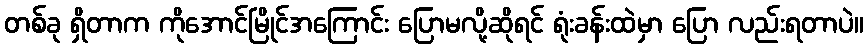
တစ်ခု ရှိတာက ကိုအောင်မြိုင်အကြောင်း ပြောမလို့ဆိုရင် ရုံးခန်းထဲမှာ ပြော လည်းရတာပဲ။